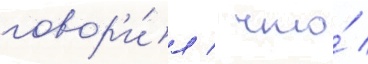
говор'и́л / что́ /